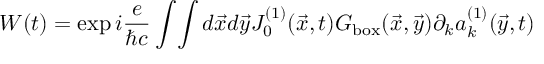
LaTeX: W ( t ) = \exp i { \frac { e } { \hbar c } } \int \! \int d \vec { x } d \vec { y } J _ { 0 } ^ { ( 1 ) } ( \vec { x } , t ) G _ { \mathrm { b o x } } ( \vec { x } , \vec { y } ) \partial _ { k } a _ { k } ^ { ( 1 ) } ( \vec { y } , t )